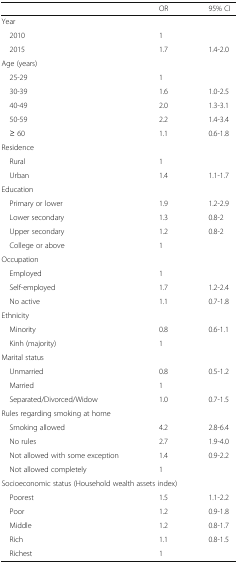
|  | OR | 95% CI |
 | --- | --- | --- |
 | <COLSPAN=3> Year |
 | 2010 | 1 |  |
 | 2015 | 1.7 | 1.4-2.0 |
 | <COLSPAN=3> Age (years) |
 | 25-29 | 1 |  |
 | 30-39 | 1.6 | 1.0-2.5 |
 | 40-49 | 2.0 | 1.3-3.1 |
 | 50-59 | 2.2 | 1.4-3.4 |
 | ≥ 60 | 1.1 | 0.6-1.8 |
 | <COLSPAN=3> Residence |
 | Rural | 1 |  |
 | Urban | 1.4 | 1.1-1.7 |
 | <COLSPAN=3> Education |
 | Primary or lower | 1.9 | 1.2-2.9 |
 | Lower secondary | 1.3 | 0.8-2 |
 | Upper secondary | 1.2 | 0.8-2 |
 | College or above | 1 |  |
 | <COLSPAN=3> Occupation |
 | Employed | 1 |  |
 | Self-employed | 1.7 | 1.2-2.4 |
 | No active | 1.1 | 0.7-1.8 |
 | <COLSPAN=3> Ethnicity |
 | Minority | 0.8 | 0.6-1.1 |
 | Kinh (majority) | 1 |  |
 | <COLSPAN=3> Marital status |
 | Unmarried | 0.8 | 0.5-1.2 |
 | Married | 1 |  |
 | Separated/Divorced/Widow | 1.0 | 0.7-1.5 |
 | <COLSPAN=3> Rules regarding smoking at home |
 | Smoking allowed | 4.2 | 2.8-6.4 |
 | No rules | 2.7 | 1.9-4.0 |
 | Not allowed with some exception | 1.4 | 0.9-2.2 |
 | Not allowed completely | 1 |  |
 | <COLSPAN=3> Socioeconomic status (Household wealth assets index) |
 | Poorest | 1.5 | 1.1-2.2 |
 | Poor | 1.2 | 0.9-1.8 |
 | Middle | 1.2 | 0.8-1.7 |
 | Rich | 1.1 | 0.8-1.5 |
 | Richest | 1 |  |